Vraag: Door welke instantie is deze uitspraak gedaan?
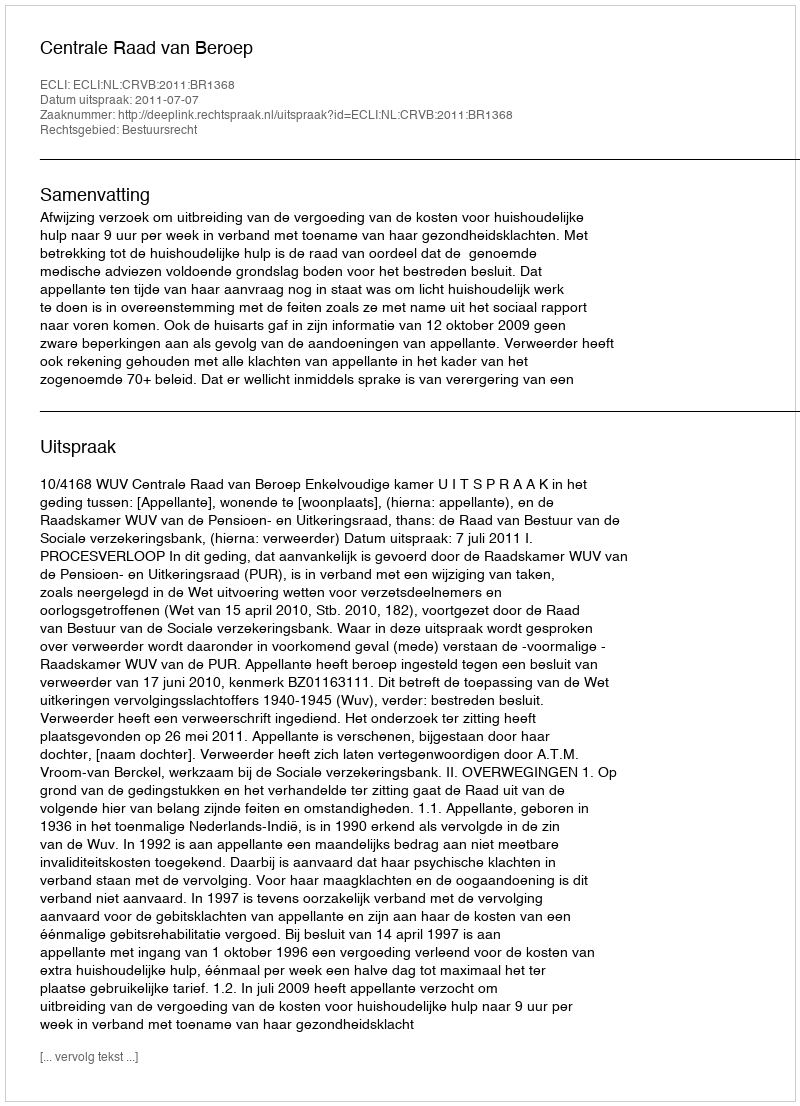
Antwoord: Centrale Raad van Beroep